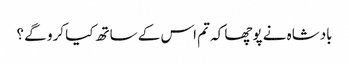
بادشاہ نے پوچھا کہ تم اس کے ساتھ کیا کرو گے ؟